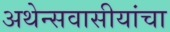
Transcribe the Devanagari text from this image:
अथेन्सवासीयांचा